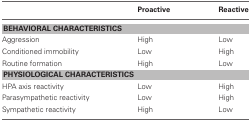
<table><thead><tr><td></td><td><b>Proactive</b></td><td><b>Reactive</b></td></tr></thead><tbody><tr><td colspan="3"><b>BEHAVIORAL CHARACTERISTICS</b></td></tr><tr><td>Aggression</td><td>High</td><td>Low</td></tr><tr><td>Conditioned immobility</td><td>Low</td><td>High</td></tr><tr><td>Routine formation</td><td>High</td><td>Low</td></tr><tr><td colspan="3"><b>PHYSIOLOGICAL CHARACTERISTICS</b></td></tr><tr><td>HPA axis reactivity</td><td>Low</td><td>High</td></tr><tr><td>Parasympathetic reactivity</td><td>Low</td><td>High</td></tr><tr><td>Sympathetic reactivity</td><td>High</td><td>Low</td></tr></tbody></table>